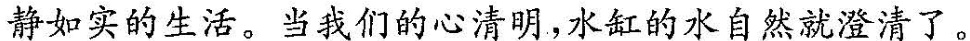
静如实的生活。当我们的心清明，水缸的水自然就澄清了。